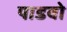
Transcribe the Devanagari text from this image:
पाडवो